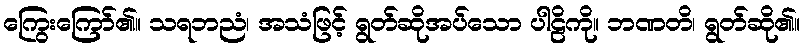
ကြွေးကြော်၏။ သရဘညံ၊ အသံဖြင့် ရွတ်ဆိုအပ်သော ပါဠိကို။ ဘဏတိ၊ ရွတ်ဆို၏။